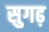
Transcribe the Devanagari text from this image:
सुगढ़